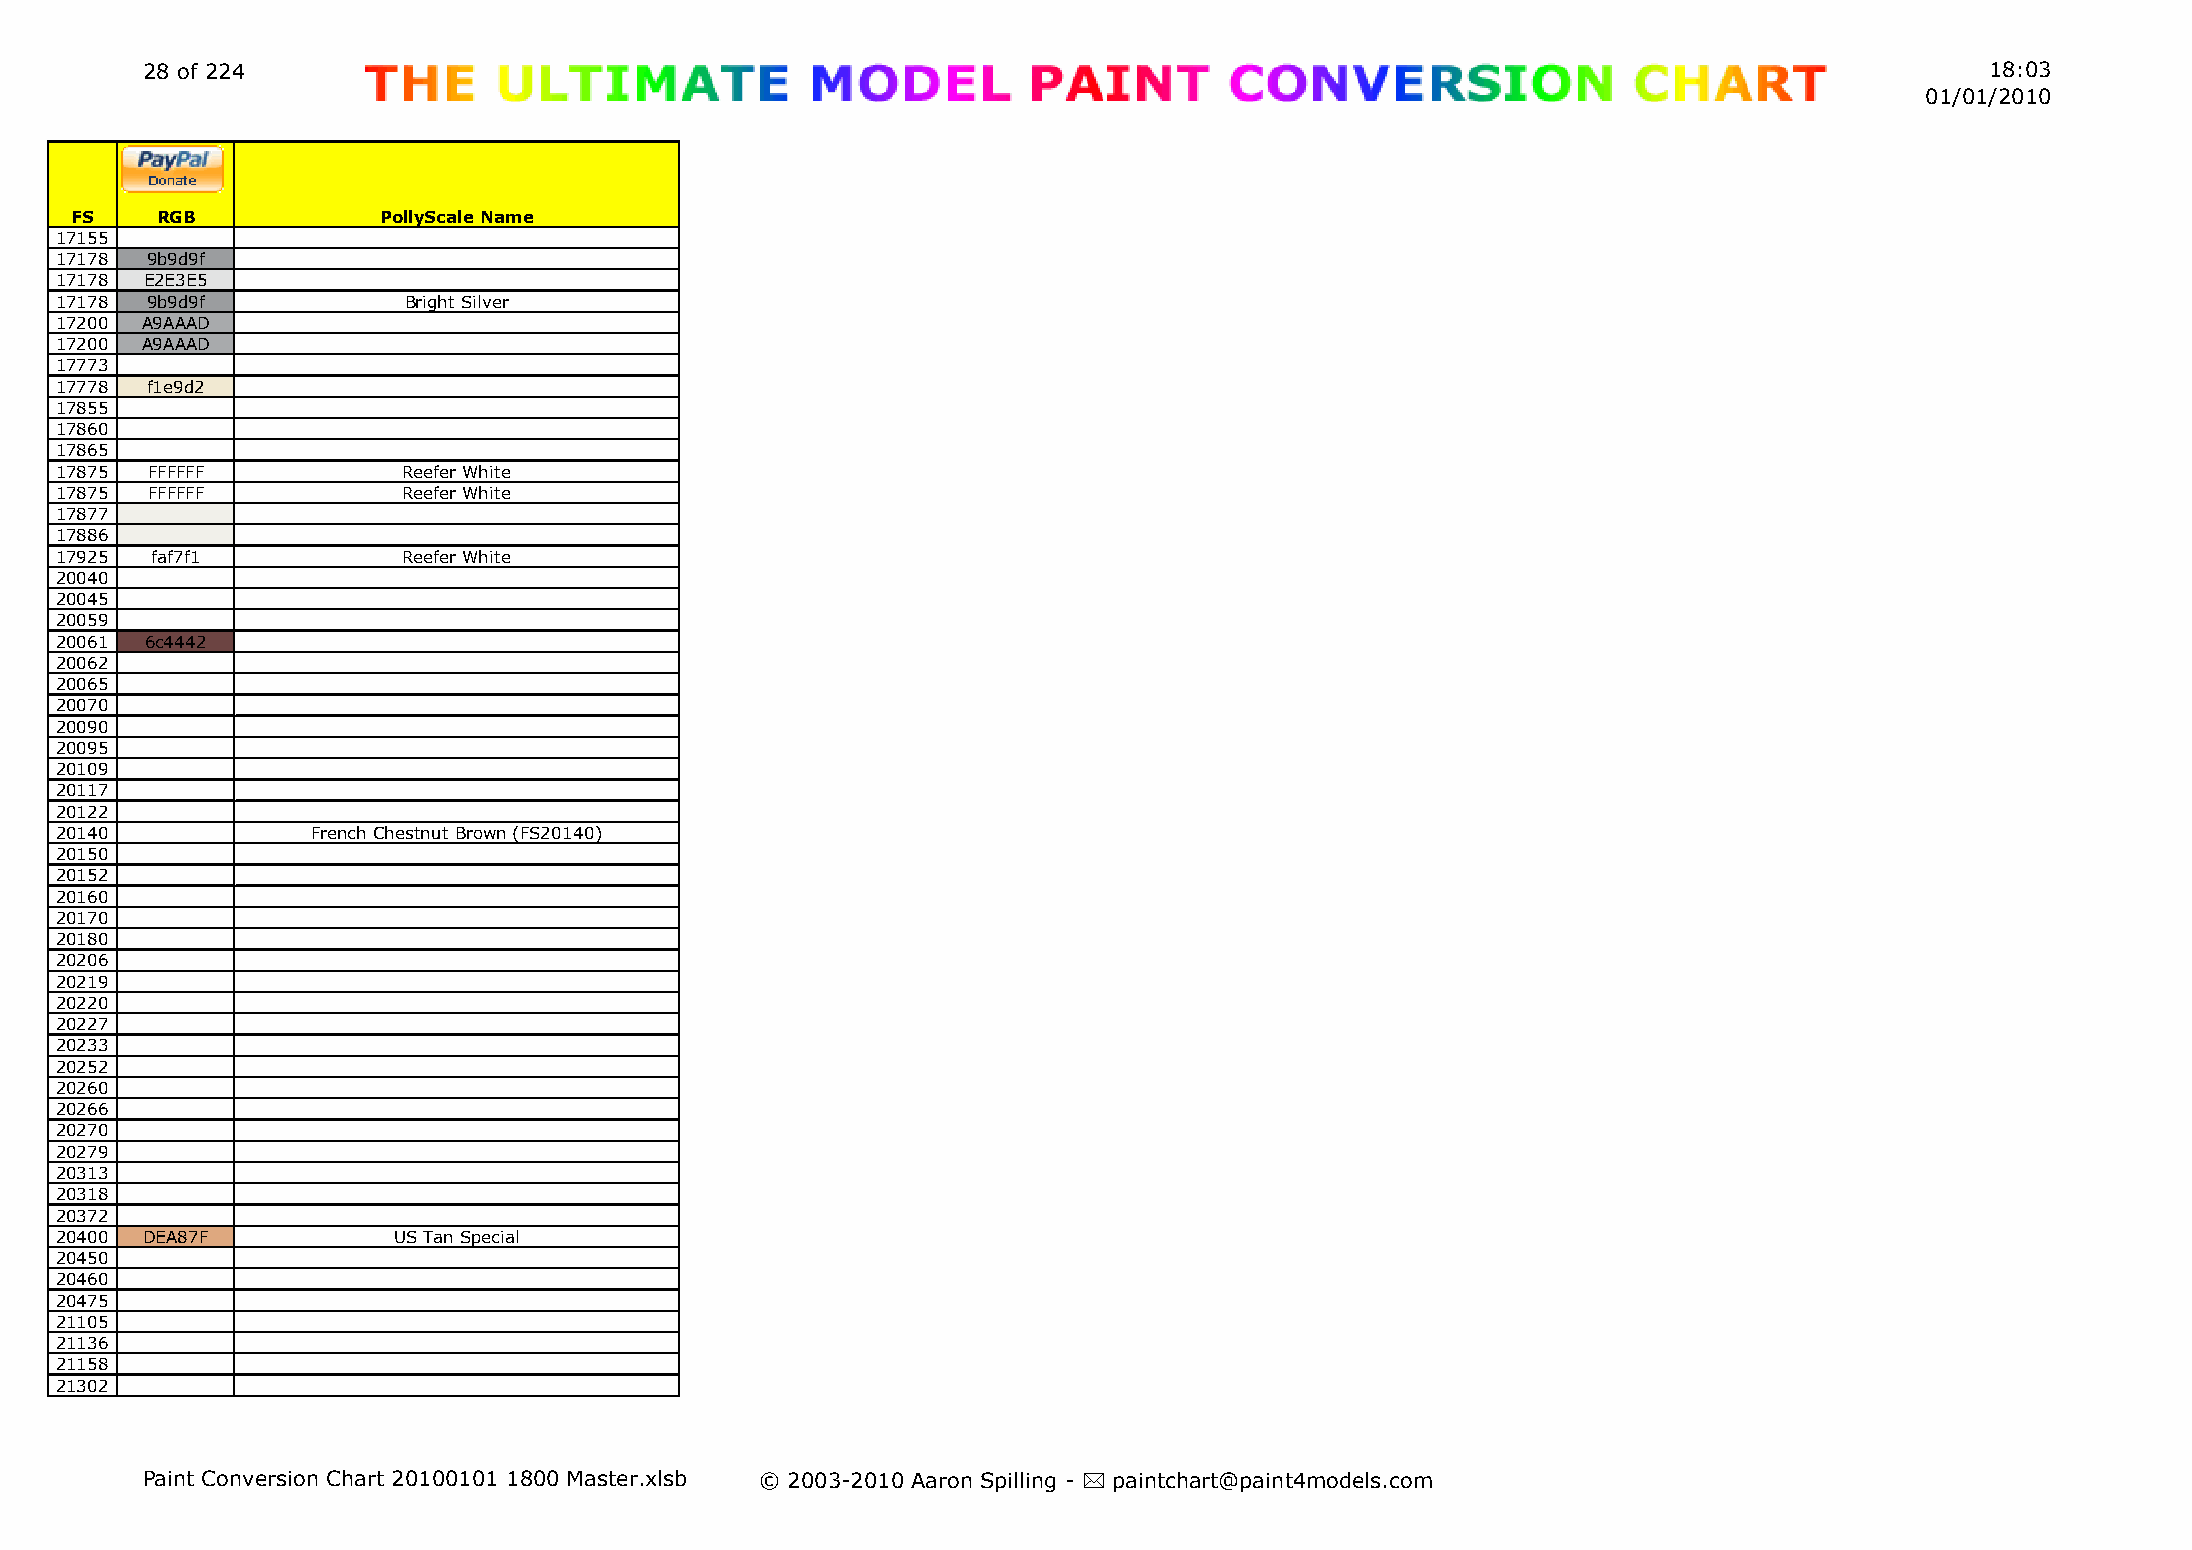
28 of 224                                                                                                                  18:03
 01/01/2010
 FS   RGB            PollyScale Name
 17155
 17178 9b9d9f
 17178 E2E3E5
 17178 9b9d9f           Bright Silver
 17200 A9AAAD
 17200 A9AAAD
 17773
 17778 f1e9d2
 17855
 17860
 17865
 17875 FFFFFF           Reefer White
 17875 FFFFFF           Reefer White
 17877
 17886
 17925 faf7f1           Reefer White
 20040
 20045
 20059
 20061 6c4442
 20062
 20065
 20070
 20090
 20095
 20109
 20117
 20122
 20140            French Chestnut Brown (FS20140)
 20150
 20152
 20160
 20170
 20180
 20206
 20219
 20220
 20227
 20233
 20252
 20260
 20266
 20270
 20279
 20313
 20318
 20372
 20400 DEA87F          US Tan Special
 20450
 20460
 20475
 21105
 21136
 21158
 21302
 Paint Conversion Chart 20100101 1800 Master.xlsb © 2003-2010 Aaron Spilling - * paintchart@paint4models.com